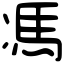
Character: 馮